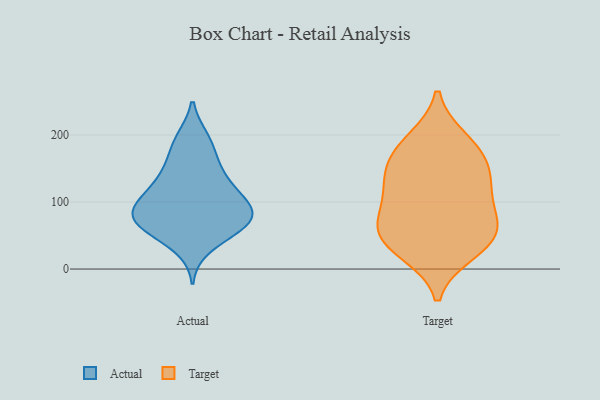
{"axis": {"x": "Tickets Resolved", "y": "Value"}, "legend": ["Actual", "Target"], "data": [{"x": "", "y": 88, "type": "Actual"}, {"x": "", "y": 82, "type": "Actual"}, {"x": "", "y": 118, "type": "Actual"}, {"x": "", "y": 32, "type": "Actual"}, {"x": "", "y": 96, "type": "Actual"}, {"x": "", "y": 76, "type": "Actual"}, {"x": "", "y": 117, "type": "Actual"}, {"x": "", "y": 126, "type": "Actual"}, {"x": "", "y": 170, "type": "Actual"}, {"x": "", "y": 57, "type": "Actual"}, {"x": "", "y": 65, "type": "Actual"}, {"x": "", "y": 194, "type": "Actual"}, {"x": "", "y": 96, "type": "Actual"}, {"x": "", "y": 58, "type": "Actual"}, {"x": "", "y": 145, "type": "Actual"}, {"x": "", "y": 72, "type": "Actual"}, {"x": "", "y": 151, "type": "Actual"}, {"x": "", "y": 65, "type": "Actual"}, {"x": "", "y": 195, "type": "Actual"}, {"x": "", "y": 92, "type": "Actual"}, {"x": "", "y": 114, "type": "Target"}, {"x": "", "y": 161, "type": "Target"}, {"x": "", "y": 62, "type": "Target"}, {"x": "", "y": 91, "type": "Target"}, {"x": "", "y": 156, "type": "Target"}, {"x": "", "y": 138, "type": "Target"}, {"x": "", "y": 57, "type": "Target"}, {"x": "", "y": 65, "type": "Target"}, {"x": "", "y": 121, "type": "Target"}, {"x": "", "y": 193, "type": "Target"}, {"x": "", "y": 25, "type": "Target"}, {"x": "", "y": 187, "type": "Target"}, {"x": "", "y": 47, "type": "Target"}, {"x": "", "y": 30, "type": "Target"}]}